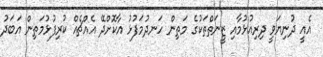
އެއީ ދުނިޔަވީ ދިރިއުޅުމާއި ޒީނަތްތަކުގެ މަތިން ހަނދުމަފުޅު އާކޮށްދޭ އެއްޗެއް ކުރިފުޅުމަތިން އަބަދު